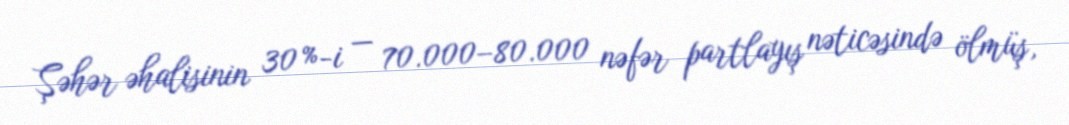
Şəhər əhalisinin 30 %-i — 70.000–80.000 nəfər partlayış nəticəsində ölmüş,